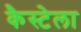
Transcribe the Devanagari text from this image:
कैस्टेला